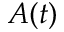
A ( t )